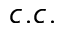
c . c .